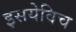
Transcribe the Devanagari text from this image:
इसयेविच